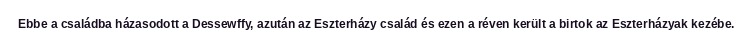
Ebbe a családba házasodott a Dessewffy, azután az Eszterházy család és ezen a réven került a birtok az Eszterházyak kezébe.